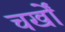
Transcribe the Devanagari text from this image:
चर्खों